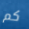
كم